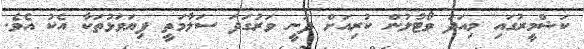
ކަޝްމީރުގައި މިއަދު ވޯޓުލުން ކުރިއަށް ދަނީ ވަރުގަދަ ސަލާމަތީ ފިޔަވަޅުތަކާ އެކު އެވެ.